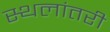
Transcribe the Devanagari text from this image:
स्थलांतरी